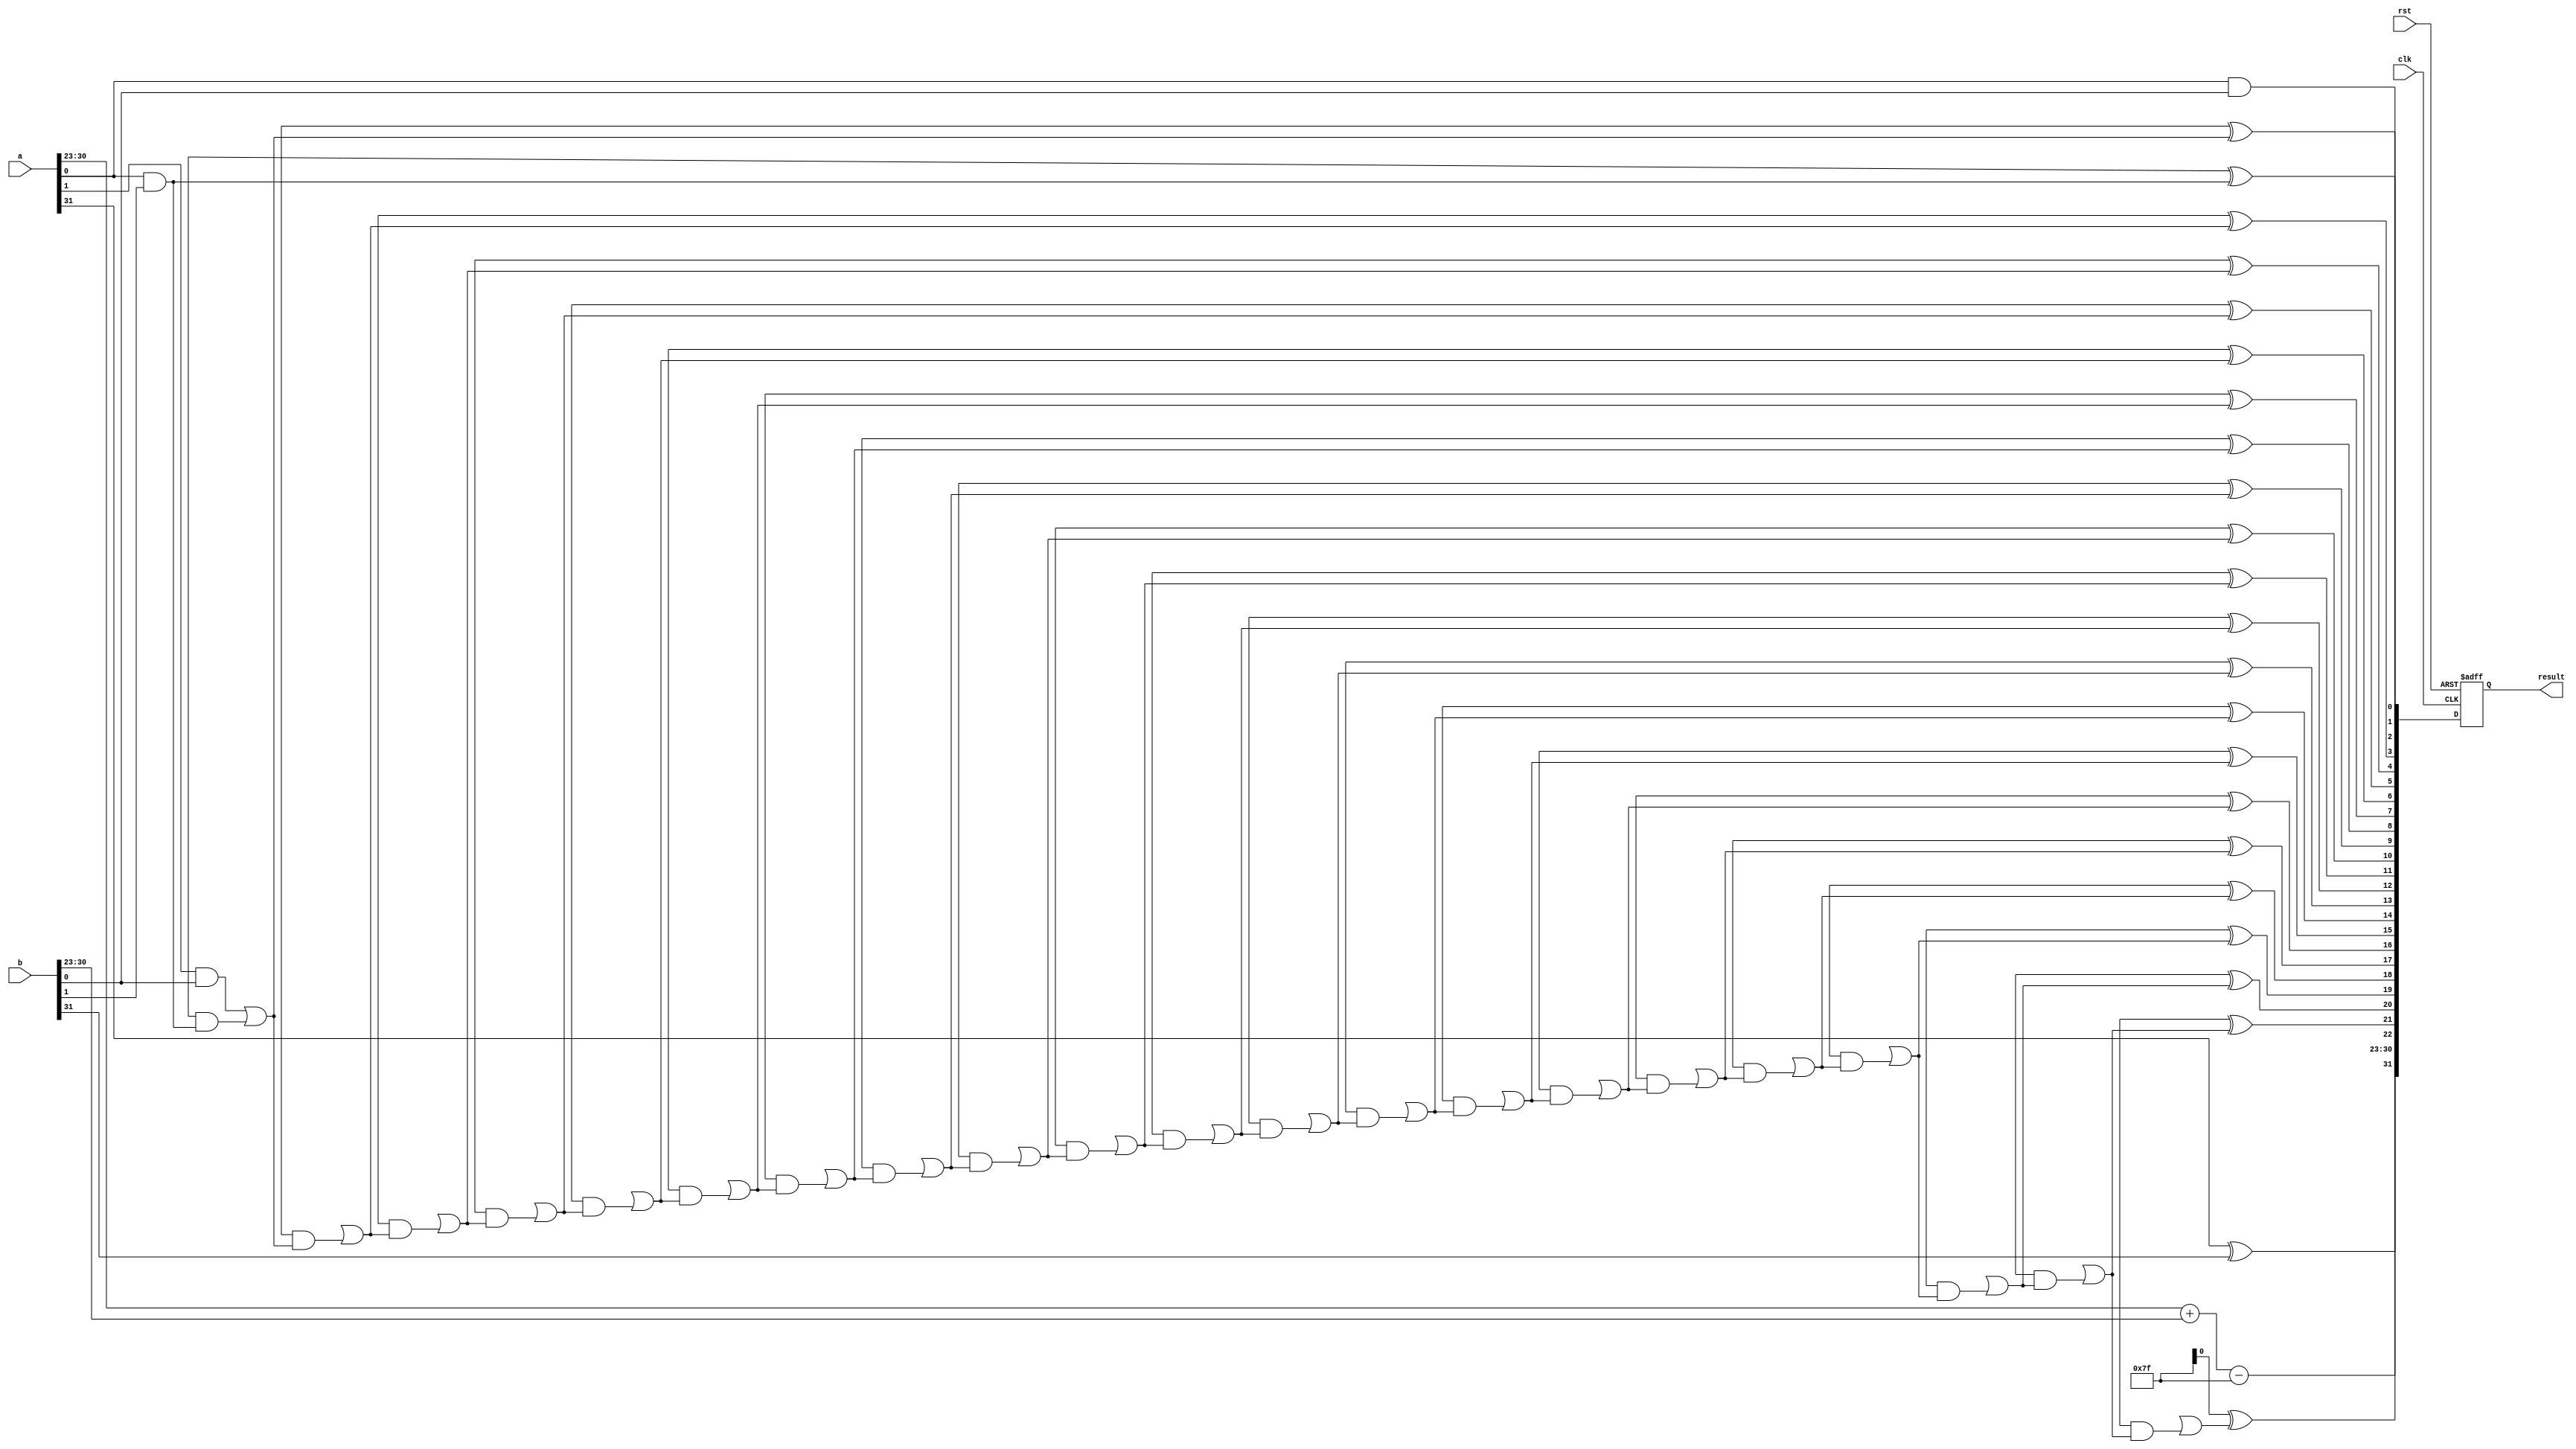
module floating_point_wallace_tree_multiplier #(
    parameter E = 8, // Number of exponent bits
    parameter M = 23, // Number of significand bits
    parameter BIAS = 127 // Bias for the exponent
)(
    input wire clk,
    input wire rst,
    input wire [E+M:0] a, // a = {sign_a, exponent_a, significand_a}
    input wire [E+M:0] b, // b = {sign_b, exponent_b, significand_b}
    output reg [E+M:0] result // result = {sign_r, exponent_r, significand_r}
);

    // Internal signals
    wire sign_a = a[E + M];
    wire sign_b = b[E + M];
    wire [E-1:0] exponent_a = a[E + M - 1:E + M - E];
    wire [E-1:0] exponent_b = b[E + M - 1:E + M - E];
    wire [M:0] significand_a = {1'b1, a[M - 1:0]}; // Implicit leading bit
    wire [M:0] significand_b = {1'b1, b[M - 1:0]}; // Implicit leading bit
    
    wire [2*M:0] product; // Product of significands
    wire [2*M:0] partial_products[0:M-1];

    // Generate partial products
    genvar i, j;
    generate
        for (i = 0; i < M; i = i + 1) begin: pp_gen
            for (j = 0; j < M; j = j + 1) begin: pp_inner
                assign partial_products[i][i + j] = significand_a[i] & significand_b[j];
            end
        end
    endgenerate

    // Wallace Tree Reduction
    wire [2*M+1:0] sum;
    wire [2*M-1:0] carry;
    
    // Simple reduction example (to be expanded for full Wallace tree)
    assign sum[0] = partial_products[0][0];
    assign carry[0] = partial_products[0][1];

    // Example reduction logic (needs more stages for a full Wallace tree)
    genvar k;
    generate
        for (k = 1; k < M; k = k + 1) begin: reduce
            assign sum[k] = partial_products[k][0] ^ carry[k-1];
            assign carry[k] = partial_products[k][1] | (partial_products[k][0] & carry[k-1]);
        end
    endgenerate

    // Calculate the resulting exponent
    wire [E-1:0] result_exponent;
    assign result_exponent = exponent_a + exponent_b - BIAS;

    // Determine the resulting sign
    wire result_sign = sign_a ^ sign_b;

    // Combine results
    always @(posedge clk or posedge rst) begin
        if (rst) begin
            result <= 0;
        end else begin
            // Normalize and round the significand (this is simplified)
            // In a complete implementation, normalization and rounding logic will be added
            result <= {result_sign, result_exponent, sum[M-1:M-M]}; // Simple assignment for now
        end
    end

endmodule